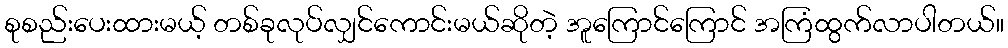
စုစည်းပေးထားမယ့် တစ်ခုလုပ်လျှင်ကောင်းမယ်ဆိုတဲ့ အူကြောင်ကြောင် အကြံထွက်လာပါတယ်။